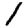
Digit: 1